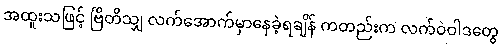
အထူးသဖြင့် ဗြိတိသျှ လက်အောက်မှာနေခဲ့ရချိန် ကတည်းက လက်ဝဲဝါဒတွေ